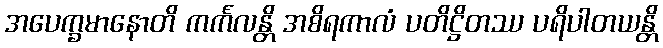
အပေက္ခမာနောတိ ကင်္ကလန္တိ အစိရကာလံ ပတိဋ္ဌိတဿ ပရိပါတယန္တိ